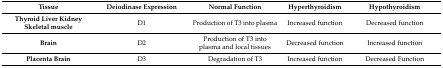
| Tissue | Deiodinase Expression | Normal Function | Hyperthyroidism | Hypothyroidism |
 | --- | --- | --- | --- | --- |
 | Thyroid Liver Kidney Skeletal muscle | D1 | Production of T3 into plasma | Increased function | Decreased function |
 | Brain | D2 | Production of T3 into plasma and local tissues | Decreased function | Increased function |
 | Placenta Brain | D3 | Degradation of T3 | Increased function | Decreased Function |